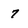
Character: 7